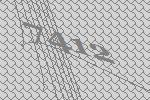
7412